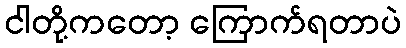
ငါတို့ကတော့ ကြောက်ရတာပဲ